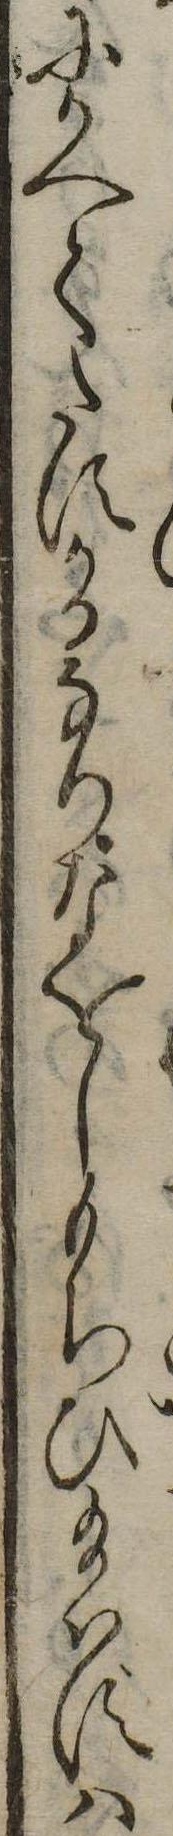
にかへてたすかるなりなをしもちひ給はずは